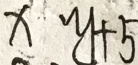
x y + 5